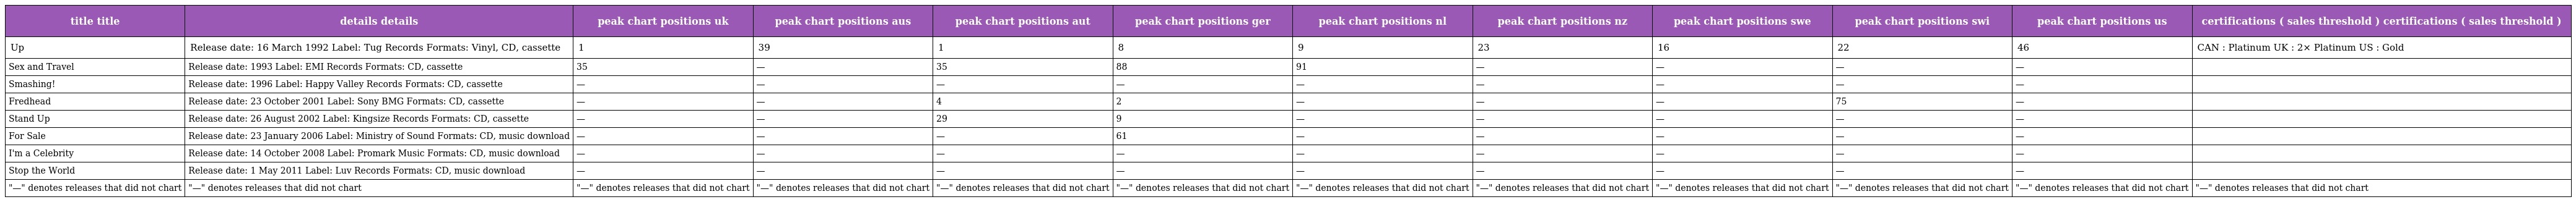
| title title | details details | peak chart positions uk | peak chart positions aus | peak chart positions aut | peak chart positions ger | peak chart positions nl | peak chart positions nz | peak chart positions swe | peak chart positions swi | peak chart positions us | certifications ( sales threshold ) certifications ( sales threshold ) |
 | --- | --- | --- | --- | --- | --- | --- | --- | --- | --- | --- | --- |
 | Up | Release date: 16 March 1992 Label: Tug Records Formats: Vinyl, CD, cassette | 1 | 39 | 1 | 8 | 9 | 23 | 16 | 22 | 46 | CAN : Platinum UK : 2× Platinum US : Gold |
 | Sex and Travel | Release date: 1993 Label: EMI Records Formats: CD, cassette | 35 | — | 35 | 88 | 91 | — | — | — | — |  |
 | Smashing! | Release date: 1996 Label: Happy Valley Records Formats: CD, cassette | — | — | — | — | — | — | — | — | — |  |
 | Fredhead | Release date: 23 October 2001 Label: Sony BMG Formats: CD, cassette | — | — | 4 | 2 | — | — | — | 75 | — |  |
 | Stand Up | Release date: 26 August 2002 Label: Kingsize Records Formats: CD, cassette | — | — | 29 | 9 | — | — | — | — | — |  |
 | For Sale | Release date: 23 January 2006 Label: Ministry of Sound Formats: CD, music download | — | — | — | 61 | — | — | — | — | — |  |
 | I'm a Celebrity | Release date: 14 October 2008 Label: Promark Music Formats: CD, music download | — | — | — | — | — | — | — | — | — |  |
 | Stop the World | Release date: 1 May 2011 Label: Luv Records Formats: CD, music download | — | — | — | — | — | — | — | — | — |  |
 | "—" denotes releases that did not chart | "—" denotes releases that did not chart | "—" denotes releases that did not chart | "—" denotes releases that did not chart | "—" denotes releases that did not chart | "—" denotes releases that did not chart | "—" denotes releases that did not chart | "—" denotes releases that did not chart | "—" denotes releases that did not chart | "—" denotes releases that did not chart | "—" denotes releases that did not chart | "—" denotes releases that did not chart |